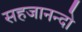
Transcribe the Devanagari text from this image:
सहजानन्दो